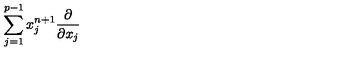
\sum _ { j = 1 } ^ { p - 1 } x _ { j } ^ { n + 1 } \frac { \partial } { \partial x _ { j } }